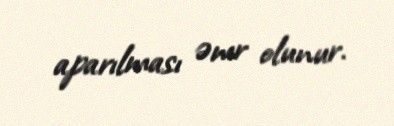
aparılması əmr olunur.